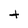
Character: t